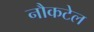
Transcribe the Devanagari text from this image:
नौकटेल